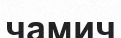
чамич